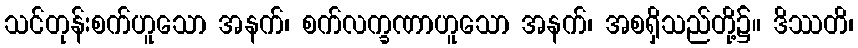
သင်တုန်းစက်ဟူသော အနက်၊ စက်လက္ခဏာဟူသော အနက်၊ အစရှိသည်တို့၌။ ဒိဿတိ၊